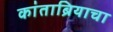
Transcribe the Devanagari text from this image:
कांताब्रियाचा